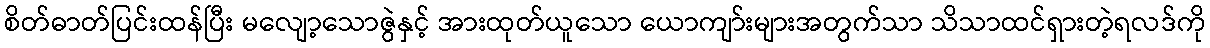
စိတ်ဓာတ်ပြင်းထန်ပြီး မလျော့သောဇွဲနှင့် အားထုတ်ယူသော ယောကျာ်းများအတွက်သာ သိသာထင်ရှားတဲ့ရလဒ်ကို